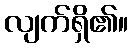
လျက်ရှိ၏။